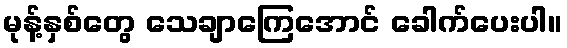
မုန့်နှစ်တွေ သေချာကြေအောင် ခေါက်ပေးပါ။